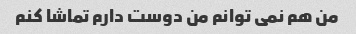
من هم نمی توانم من دوست دارم تماشا کنم